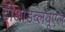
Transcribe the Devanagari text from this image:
टीओडब्लयूएल